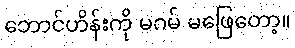
ဘောင်ဟိန်းကို မဂမ် မဖြေတော့။